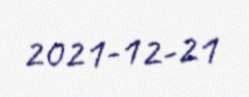
2021-12-21